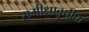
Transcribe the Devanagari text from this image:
समीक्षावृत्तीचा